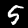
Label: 5